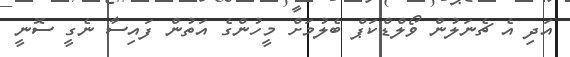
އަދި އެ ޗެނަލުން ވޯލްޑްކަޕް ބެލުމަށް މީހުންގެ އަތުން ފައިސާ ނެގީ ސޮނީ